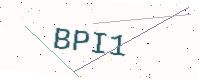
Text: BPI1